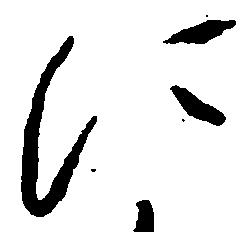
に